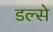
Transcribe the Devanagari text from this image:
डल्से